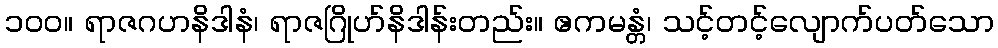
၁၀၀။ ရာဇဂဟနိဒါနံ၊ ရာဇဂြိုဟ်နိဒါန်းတည်း။ ဧကမန္တံ၊ သင့်တင့်လျောက်ပတ်သော